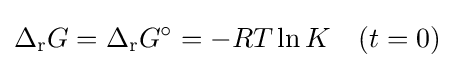
\Delta _{\mathrm {r} }G=\Delta _{\mathrm {r} }G^{\circ }=-RT\ln K\quad (t=0)